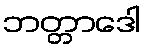
ဘတ္တာဒေါ